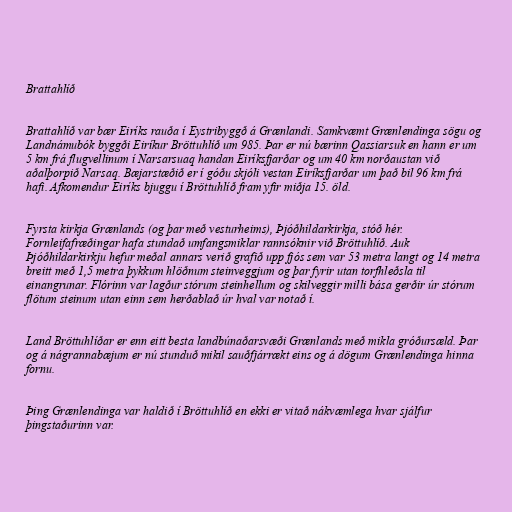
Brattahlíð

Brattahlíð var bær Eiríks rauða í Eystribyggð á Grænlandi. Samkvæmt Grænlendinga sögu og
Landnámubók byggði Eiríkur Bröttuhlíð um 985. Þar er nú bærinn Qassiarsuk en hann er um
5 km frá flugvellinum í Narsarsuaq handan Eiríksfjarðar og um 40 km norðaustan við
aðalþorpið Narsaq. Bæjarstæðið er í góðu skjóli vestan Eiríksfjarðar um það bil 96 km frá
hafi. Afkomendur Eiríks bjuggu í Bröttuhlíð fram yfir miðja 15. öld.

Fyrsta kirkja Grænlands (og þar með vesturheims), Þjóðhildarkirkja, stóð hér.
Fornleifafræðingar hafa stundað umfangsmiklar rannsóknir við Bröttuhlíð. Auk
Þjóðhildarkirkju hefur meðal annars verið grafið upp fjós sem var 53 metra langt og 14 metra
breitt með 1,5 metra þykkum hlöðnum steinveggjum og þar fyrir utan torfhleðsla til
einangrunar. Flórinn var lagður stórum steinhellum og skilveggir milli bása gerðir úr stórum
flötum steinum utan einn sem herðablað úr hval var notað í.

Land Bröttuhlíðar er enn eitt besta landbúnaðarsvæði Grænlands með mikla gróðursæld. Þar
og á nágrannabæjum er nú stunduð mikil sauðfjárrækt eins og á dögum Grænlendinga hinna
fornu.

Þing Grænlendinga var haldið í Bröttuhlíð en ekki er vitað nákvæmlega hvar sjálfur
þingstaðurinn var.